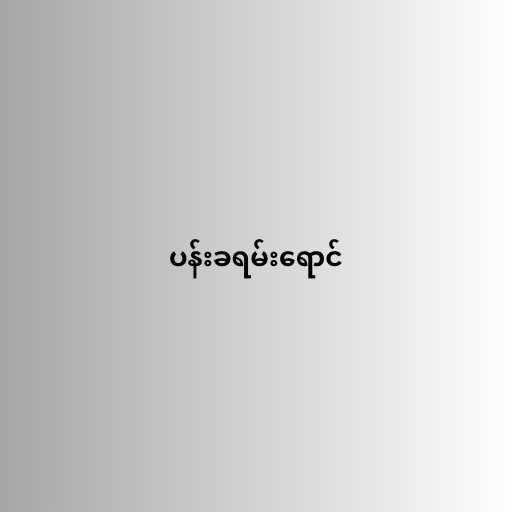
ပန်းခရမ်းရောင်